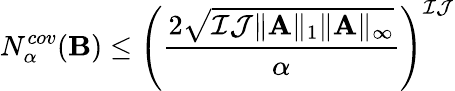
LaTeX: N_{\alpha}^{cov}(\mathbf{B})\leq\left(\frac{2\sqrt{\mathcal{I}\mathcal{J}\| \mathbf{A}\| _{1}\| \mathbf{A}\| _{\infty}}}{\alpha}\right)^{\mathcal{I}\mathcal{J}}